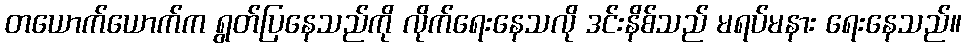
တယောက်ယောက်က ရွတ်ပြနေသည်ကို လိုက်ရေးနေသလို ဒင်းနိစ်သည် မရပ်မနား ရေးနေသည်။